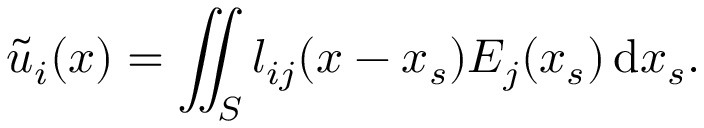
\tilde { { u } } _ { i } ( \boldsymbol { x } ) = \iint _ { S } { l _ { i j } ( \boldsymbol { x } - \boldsymbol { x } _ { s } ) E _ { j } ( \boldsymbol { x } _ { s } ) } \, \mathrm { d } \boldsymbol { x } _ { s } .